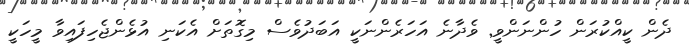
ދެން ކީއްކުރަން ހުންނަންވީ